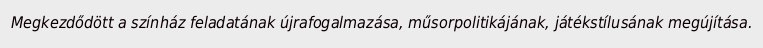
Megkezdődött a színház feladatának újrafogalmazása, műsorpolitikájának, játékstílusának megújítása.